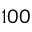
1 0 0